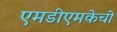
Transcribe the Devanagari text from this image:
एमडीएमकेची